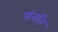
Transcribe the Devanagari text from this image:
संत्तति